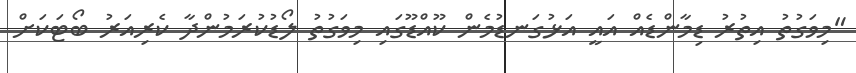
"މިވަގުތު އިތުރު ޑިމާންޑެއް އައީ އަޅުގަނޑުމެން ކޫއްޑޫގައި މިވަގުތު ލޯޑުކުރަމުންދާ ކެރިއަރު ބޯޓަކަށް